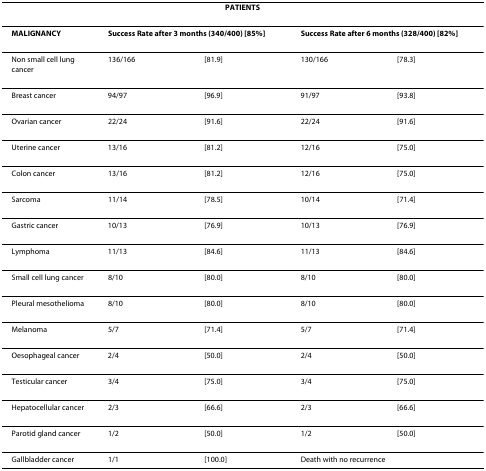
| <COLSPAN=5> PATIENTS |
 | --- | --- | --- | --- | --- |
 | MALIGNANCY | <COLSPAN=2> Success Rate after 3 months (340/400) [85%] | <COLSPAN=2> Success Rate after 6 months (328/400) [82%] |
 | Non small cell lung cancer | 136/166 | [81.9] | 130/166 | [78.3] |
 | Breast cancer | 94/97 | [96.9] | 91/97 | [93.8] |
 | Ovarian cancer | 22/24 | [91.6] | 22/24 | [91.6] |
 | Uterine cancer | 13/16 | [81.2] | 12/16 | [75.0] |
 | Colon cancer | 13/16 | [81.2] | 12/16 | [75.0] |
 | Sarcoma | 11/14 | [78.5] | 10/14 | [71.4] |
 | Gastric cancer | 10/13 | [76.9] | 10/13 | [76.9] |
 | Lymphoma | 11/13 | [84.6] | 11/13 | [84.6] |
 | Small cell lung cancer | 8/10 | [80.0] | 8/10 | [80.0] |
 | Pleural mesothelioma | 8/10 | [80.0] | 8/10 | [80.0] |
 | Melanoma | 5/7 | [71.4] | 5/7 | [71.4] |
 | Oesophageal cancer | 2/4 | [50.0] | 2/4 | [50.0] |
 | Testicular cancer | 3/4 | [75.0] | 3/4 | [75.0] |
 | Hepatocellular cancer | 2/3 | [66.6] | 2/3 | [66.6] |
 | Parotid gland cancer | 1/2 | [50.0] | 1/2 | [50.0] |
 | Gallbladder cancer | 1/1 | [100.0] | <COLSPAN=2> Death with no recurrence |